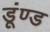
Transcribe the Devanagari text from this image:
डूंण्ड